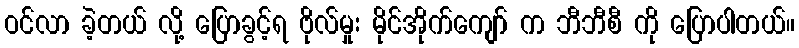
ဝင်လာ ခဲ့တယ် လို့ ပြောခွင့်ရ ဗိုလ်မှုး မိုင်အိုက်ကျော် က ဘီဘီစီ ကို ပြောပါတယ်။